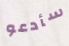
سأدعو